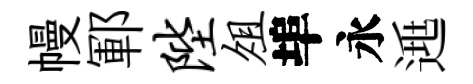
幔鄆陛俎埠永𨓱